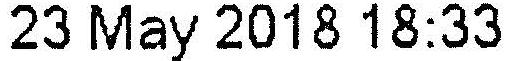
23 MAY 2018 18:33